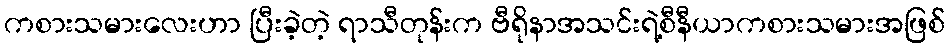
ကစားသမားလေးဟာ ပြီးခဲ့တဲ့ ရာသီတုန်းက ဗီရိုနာအသင်းရဲ့စီနီယာကစားသမားအဖြစ်